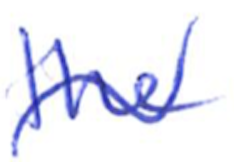
Text: the
Cross-out: wave
Writing tool: ballpoint